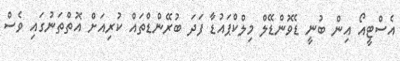
އެސްޓީއޯ އިން ބުނީ ޑެވޮންޑޭލް މިލްކްޕައުޑާ ފަދަ ބުރޭންޑްތައް ކުރިއަށް އޮތްތަނުގައި ވެސް